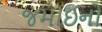
જમાઈનો